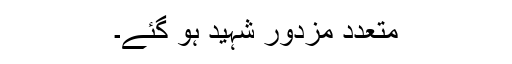
متعدد مزدور شہید ہو گئے۔